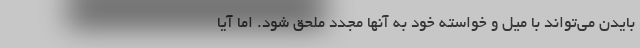
بایدن می‌تواند با میل و خواسته خود به آنها مجدد ملحق شود. اما آیا